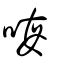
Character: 𠳨